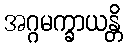
အဂ္ဂမက္ခာယန္တိ